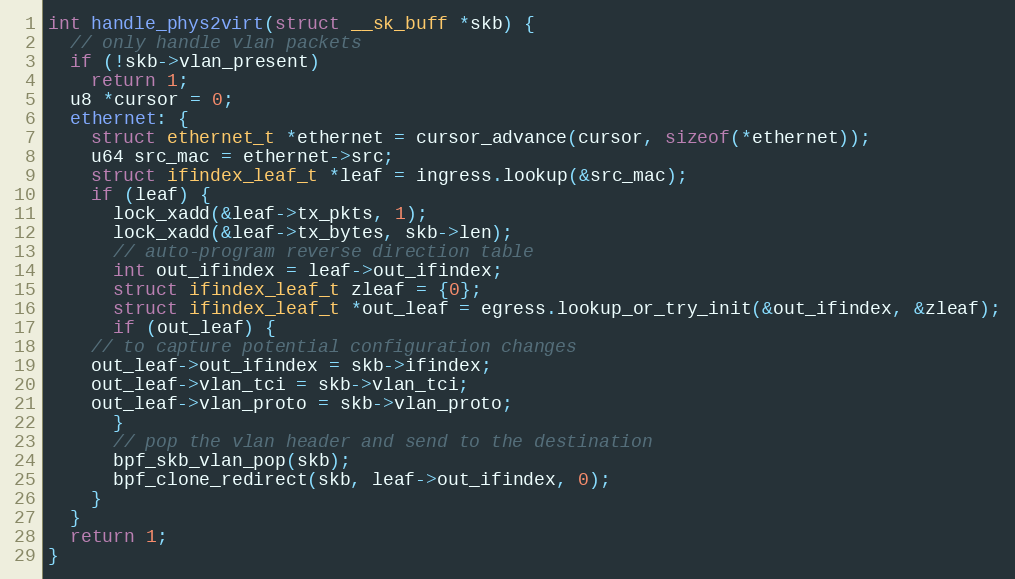
Language: C
int handle_phys2virt(struct __sk_buff *skb) {
  // only handle vlan packets
  if (!skb->vlan_present)
    return 1;
  u8 *cursor = 0;
  ethernet: {
    struct ethernet_t *ethernet = cursor_advance(cursor, sizeof(*ethernet));
    u64 src_mac = ethernet->src;
    struct ifindex_leaf_t *leaf = ingress.lookup(&src_mac);
    if (leaf) {
      lock_xadd(&leaf->tx_pkts, 1);
      lock_xadd(&leaf->tx_bytes, skb->len);
      // auto-program reverse direction table
      int out_ifindex = leaf->out_ifindex;
      struct ifindex_leaf_t zleaf = {0};
      struct ifindex_leaf_t *out_leaf = egress.lookup_or_try_init(&out_ifindex, &zleaf);
      if (out_leaf) {
	// to capture potential configuration changes
	out_leaf->out_ifindex = skb->ifindex;
	out_leaf->vlan_tci = skb->vlan_tci;
	out_leaf->vlan_proto = skb->vlan_proto;
      }
      // pop the vlan header and send to the destination
      bpf_skb_vlan_pop(skb);
      bpf_clone_redirect(skb, leaf->out_ifindex, 0);
    }
  }
  return 1;
}